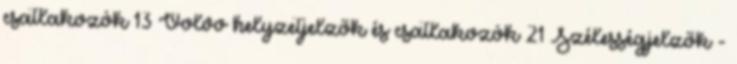
csatlakozók 13 Volvo helyzetjelzők és csatlakozók 21 Szélességjelzők -